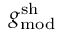
g _ { \mathrm { m o d } } ^ { \mathrm { s h } }